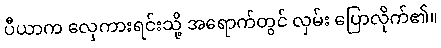
ပီယာက လှေကားရင်းသို့ အရောက်တွင် လှမ်း ပြောလိုက်၏။